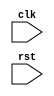
module timing_control_and_sync (
    input wire clk,
    input wire rst,
    // Other inputs and outputs for managing data transactions on AHB bus
);

// Clock signal generation module
reg clk_out;
always @(posedge clk or negedge rst) begin
    if (rst == 1'b0) begin
        clk_out <= 1'b0;
    end else begin
        clk_out <= ~clk_out;
    end
end

// Data transfer rate determination module
reg [7:0] data_rate;
always @(posedge clk) begin
    // Code to determine data transfer rate
end

// Arbitration and data flow management between master and slave devices
// Code for managing arbitration and data flow

endmodule